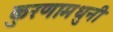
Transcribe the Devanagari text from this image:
कुरणामधुनी